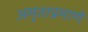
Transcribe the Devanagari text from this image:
अमृताप्रमाणे